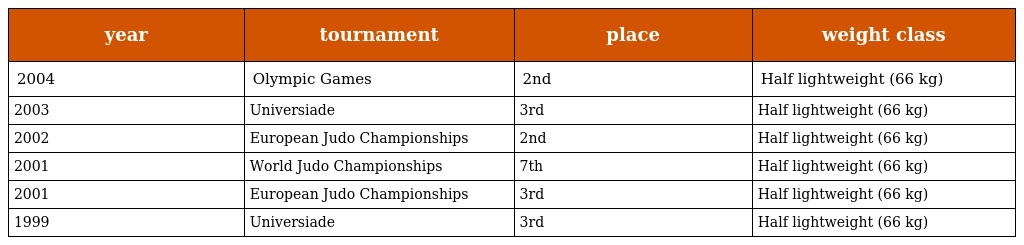
| year | tournament | place | weight class |
 | --- | --- | --- | --- |
 | 2004 | Olympic Games | 2nd | Half lightweight (66 kg) |
 | 2003 | Universiade | 3rd | Half lightweight (66 kg) |
 | 2002 | European Judo Championships | 2nd | Half lightweight (66 kg) |
 | 2001 | World Judo Championships | 7th | Half lightweight (66 kg) |
 | 2001 | European Judo Championships | 3rd | Half lightweight (66 kg) |
 | 1999 | Universiade | 3rd | Half lightweight (66 kg) |